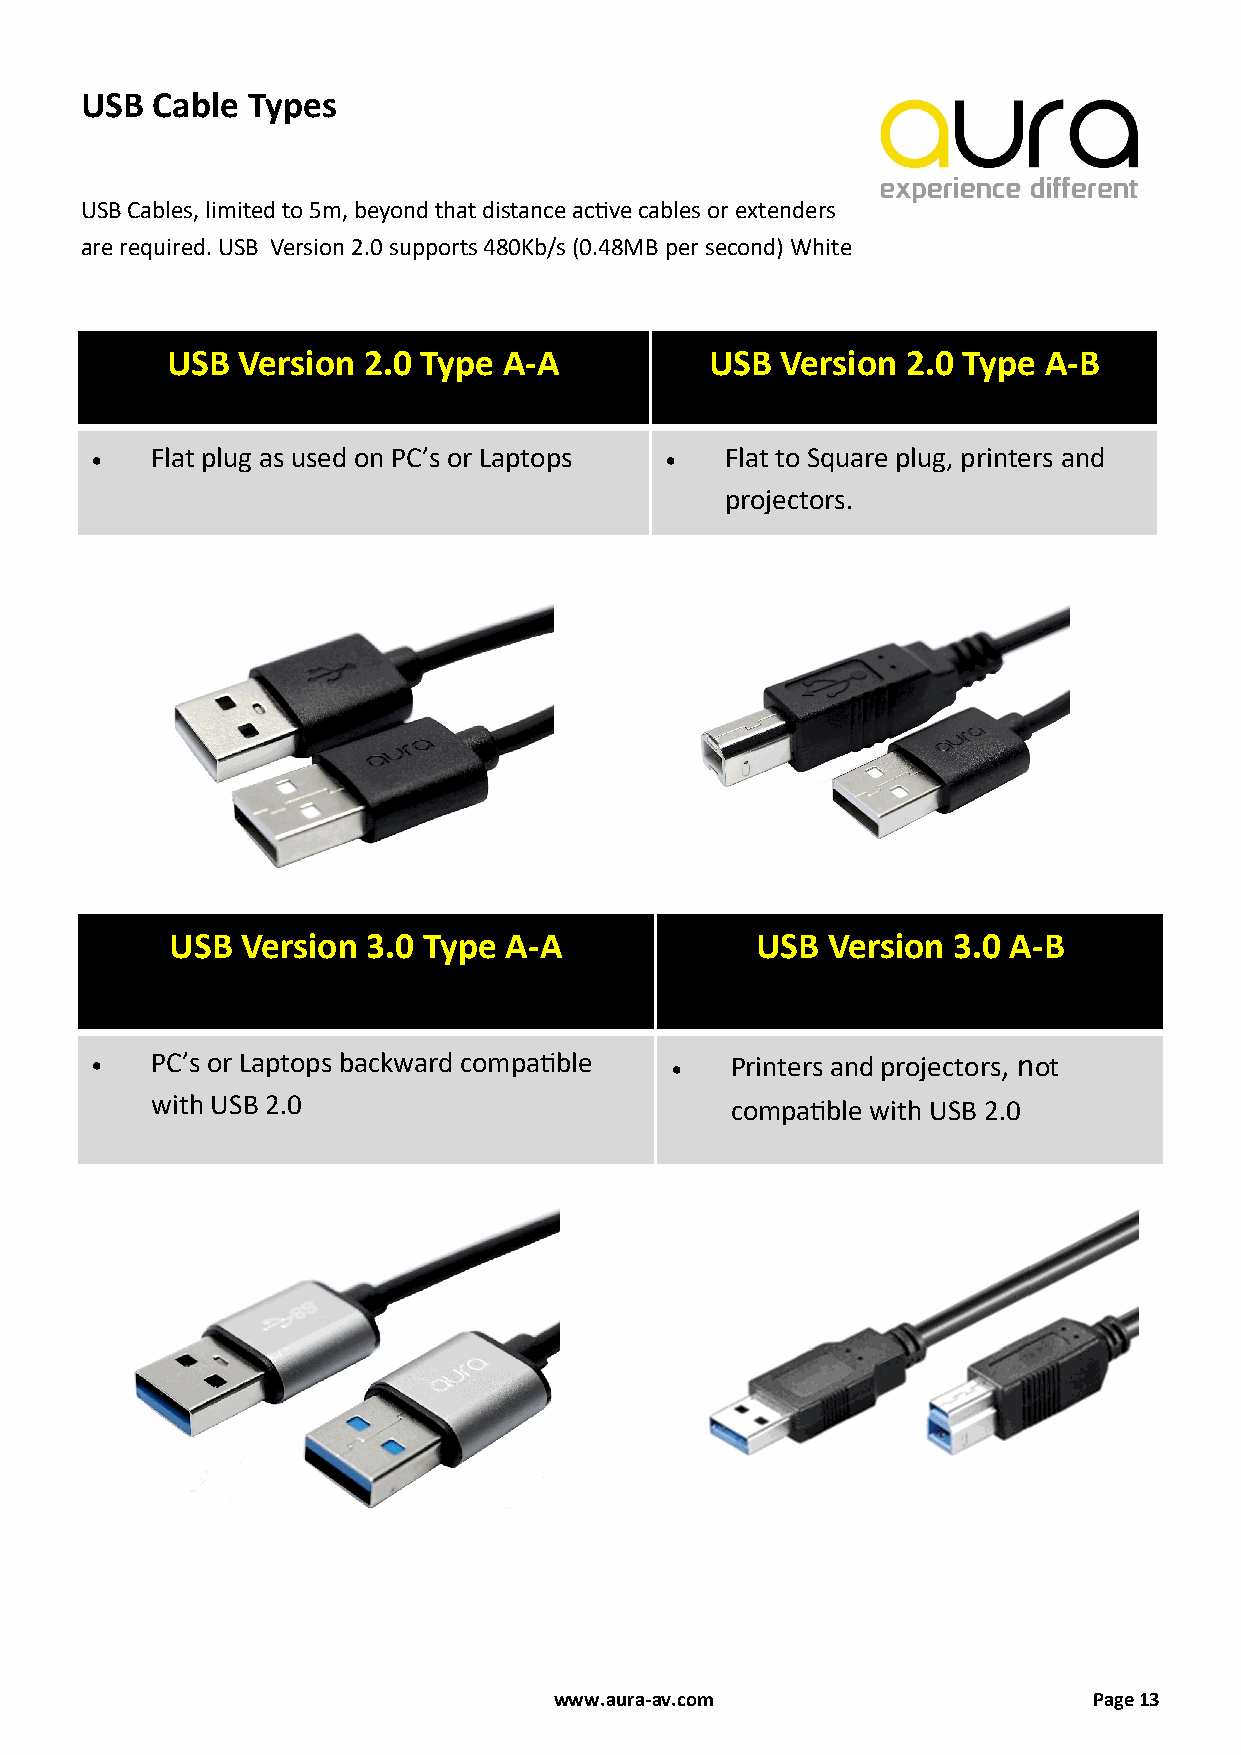
USB  Cable Types
 USB Cables, limited to 5m, beyond that distance active cables or extenders
 are required. USB Version 2.0 supports 480Kb/s (0.48MB per second) White
 USB  Version 2.0 Type A-A           USB  Version 2.0 Type A-B
 •   Flat plug as used on PC’s or Laptops • Flat to Square plug, printers and
 projectors.
 USB  Version 3.0 Type A-A              USB  Version 3.0 A-B
 •   PC’s or Laptops backward compatible • Printers and projectors, not
 with USB 2.0                          compatible with USB 2.0
 www.aura-av.com                    Page 13